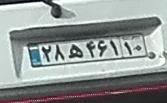
۲۸ه۴۶۱۱۰